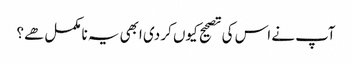
آپ نے اس کی تصحیح کیوں کر دی ابھی یہ نامکمل هے؟